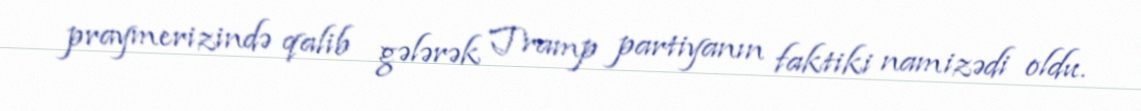
praymerizində qalib gələrək Tramp partiyanın faktiki namizədi oldu.